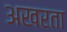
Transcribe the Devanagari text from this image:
अखरता